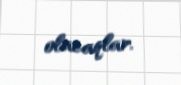
olacaqlar.